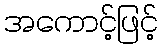
အကောင့်ဖြင့်